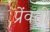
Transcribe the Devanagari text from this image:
प्रेंवती